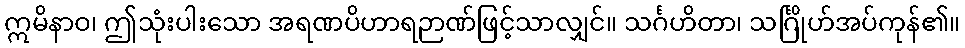
ဣမိနာဝ၊ ဤသုံးပါးသော အရဏပိဟာရဉာဏ်ဖြင့်သာလျှင်။ သင်္ဂဟိတာ၊ သင်္ဂြိုဟ်အပ်ကုန်၏။